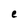
Character: e